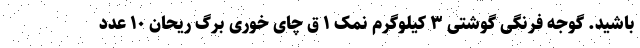
باشید. گوجه فرنگی گوشتی ۳ کیلوگرم نمک ۱ ق چای خوری برگ ریحان ۱۰ عدد